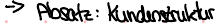
-> Absatz: Kundenstruktur